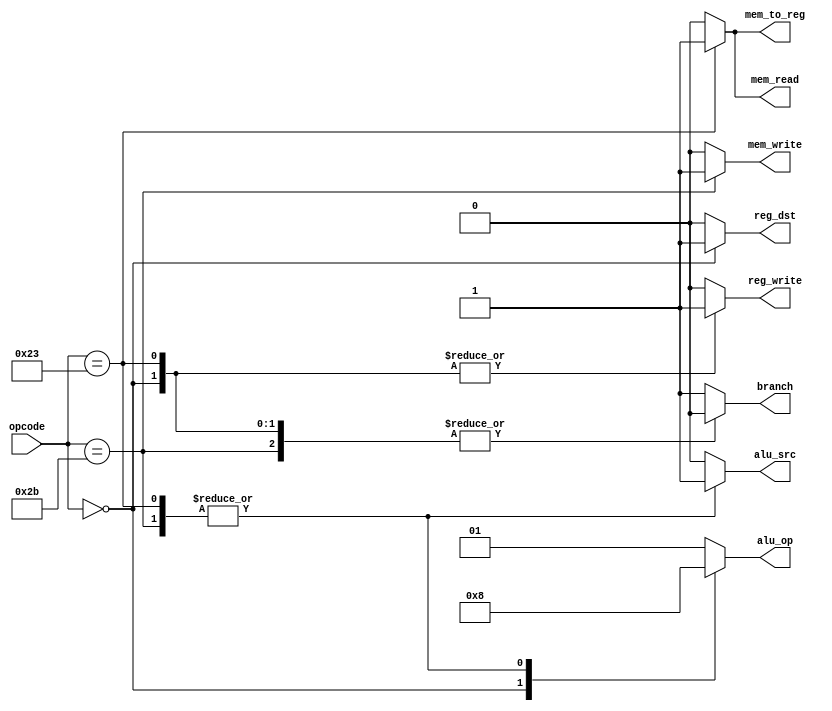
module control( input[5:0] opcode,  
                output reg[1:0] alu_op,  
                output reg reg_dst,mem_to_reg,branch,mem_read,mem_write,alu_src,reg_write                     
);  
always @(opcode)  
begin   
    case(opcode)   
        0: begin //R-type  
            reg_dst = 1;  
            alu_src = 0;  
            mem_to_reg = 0;  
            reg_write = 1;  
            mem_read = 0;  
            mem_write = 0;  
            branch = 0;  
            alu_op = 2;  
            end  
        35: begin //LW 
            reg_dst = 0;  
            alu_src = 1;  
            mem_to_reg = 1;  
            reg_write = 1;  
            mem_read = 1;  
            mem_write = 0;  
            branch = 0;  
            alu_op = 0;  
            end  
        43: begin //SW
            reg_dst = 0;  
            alu_src = 1;  
            mem_to_reg = 0;  
            reg_write = 0;  
            mem_read = 0;  
            mem_write = 1;  
            branch = 0;  
            alu_op = 0;  
            end  
        default: begin //BEq
            reg_dst = 0;  
            alu_src = 0;  
            mem_to_reg = 0;  
            reg_write = 0;  
            mem_read = 0;  
            mem_write = 0;  
            branch = 1;  
            alu_op = 1;  
            end  
    endcase   
end  
endmodule